Lunatic asylums Punjab 1868-1880 - 1868-1880
Year: 1868
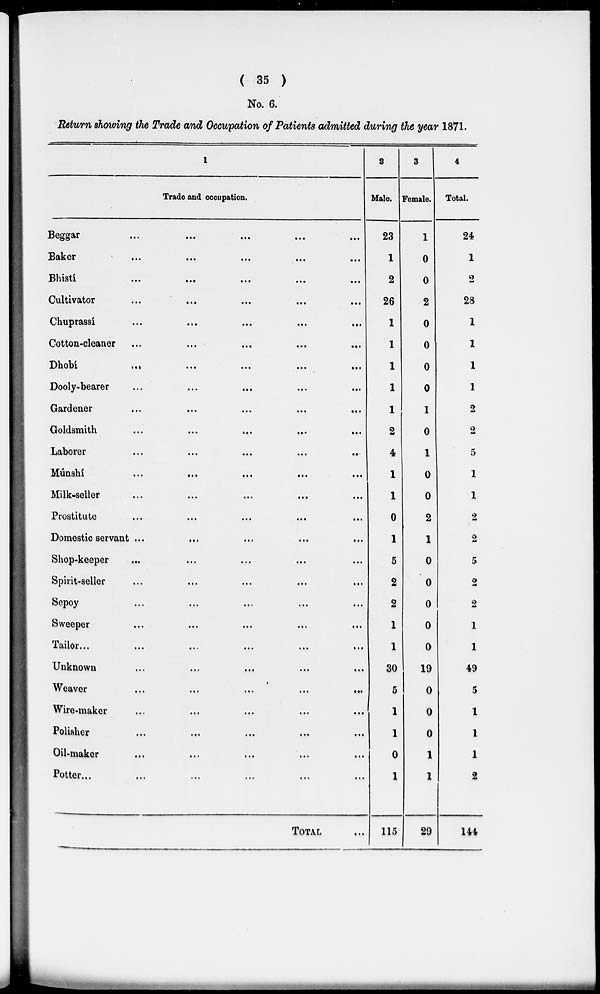
( 35 )
No. 6.
Return showing the Trade and Occupation of Patients admitted during the year 1871.
1
Trade and occupation.
Beggar ... ... ... ... ...
Baker ... ... ... ... ...
Bhistí ... ... ... ... ...
...
Cultivator
Chuprassí
...
...
...
...
...
...
Cotton-cleaner ...
...
...
...
...
...
Dhobí ... ... ... ... ...
Dooly-bearer
...
...
...
...
...
Gardener
...
...
...
...
...
Goldsmith
...
...
...
...
...
Laborer
...
...
...
...
...
Munshí
...
...
...
...
...
Milk-seller
...
...
...
...
Prostitute
...
...
...
...
...
Domestic servant ...
...
...
...
...
Shop-keeper
...
...
...
...
...
Spirit-seller
...
...
...
...
...
Sepoy
...
...
...
...
...
Sweeper
...
...
...
...
...
Tailor...
...
...
...
...
...
Unknown
...
...
...
...
...
weaver
...
...
...
...
...
Wire-maker
...
...
...
...
...
Polisher
...
...
...
...
...
Oil-maker
...
...
...
...
...
Potter ... ... ... ... ...
TOTAL...
2
Male.
23
1
2
26
1
1
1
1
1
2
4
1
1
0
1
5
2
2
1
1
30
5
1
1
0
1
115
3
Female.
1
0
0
2
0
0
0
0
1
0
1
0
0
2
1
0
0
0
0
0
19
0
0
0
1
1
29
4
Total.
24
1
2
28
1
1
1
1
2
2
5
1
1
2
2
5
2
2
1
1
49
5
1
1
1
2
144